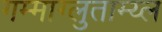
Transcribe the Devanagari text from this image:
गम्माग्लुताम्य्ल